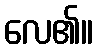
လေ၏။